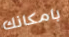
بامكانك